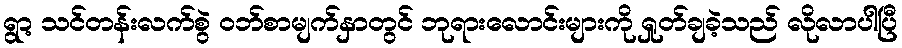
ရွာ့ သင်တန်းလက်စွဲ ဝဘ်စာမျက်နှာတွင် ဘုရားလောင်းများကို ရှုတ်ချခဲ့သည် လိုလာပါပြီ